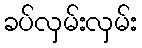
ခပ်လှမ်းလှမ်း